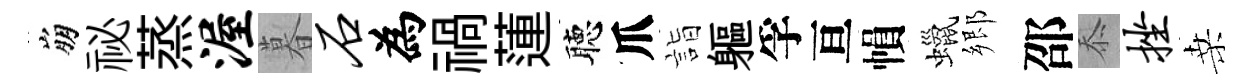
崩祕蒸渥暮石為禍蓮聴爪詣軀孚亘𢄙蠟郷邵忝挫桑